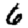
Digit: 6